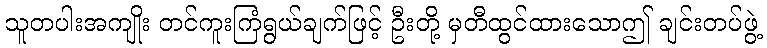
သူတပါးအကျိုး တင်ကူးကြံရွယ်ချက်ဖြင့် ဦးတို့ မှတီထွင်ထားသောဤ ချင်းတပ်ဖွဲ့